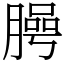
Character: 㬽